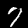
Label: 7